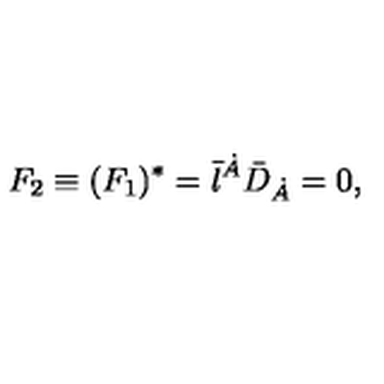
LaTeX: F _ { 2 } \equiv ( F _ { 1 } ) ^ { * } = \bar { \l } ^ { \dot { A } } { \bar { D } } _ { \dot { A } } = 0 ,